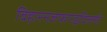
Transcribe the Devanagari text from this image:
विहारनजफगढ़दिल्ली